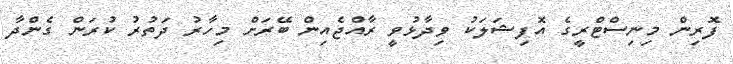
ފޮރިން މިނިސްޓްރީގެ އޮފިޝަލަކު ވިދާޅުވީ ރާއްޖެއިން ބޭރަށް މިހާރު ދަތުރު ކުރަން ގެންދާ